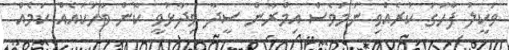
ވަކީލު ފާހަގަ ކުރެއްވި ނަމަވެސް އިމްރާން ސީދާ ވިދާޅުވީ ކޮން ވާހަކައެއް ކަމެއް